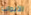
الابواب